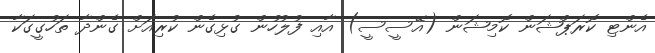
އެންޓި ކޮރަޕްޝަން ކޮމިޝަން (އޭސީސީ) އާއި ފުލުހުން ގުޅިގެން ކުރިއަށް ގެންދާ ތަހުގީގަކާ